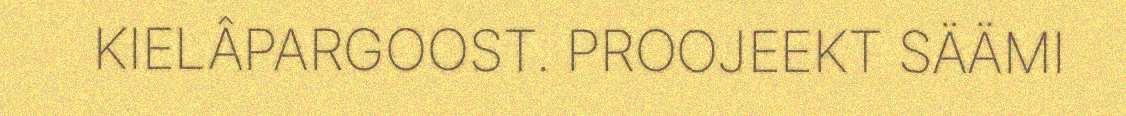
KIELÂPARGOOST. PROOJEEKT SÄÄMI